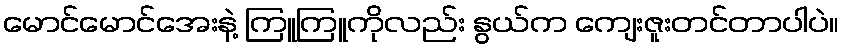
မောင်မောင်အေးနဲ့ ကြူကြူကိုလည်း နွယ်က ကျေးဇူးတင်တာပါပဲ။